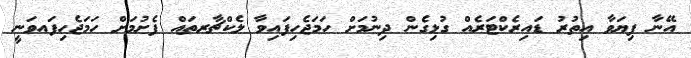
އޭނާ ފިޔަވާ އިތުރު ޑައިރެކްޓަރެއް ގުޅިގެން ދިނުމަށް ހަމަޖެހިފައިވާ ލެކްޗާރތައް ފެށުމަށް ހަމަޖެހިފައވަނީ